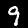
Label: 9